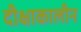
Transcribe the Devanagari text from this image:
दीक्षाकालीन